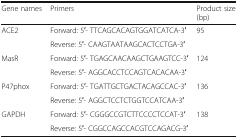
| Gene names | Primers | Product size (bp) |
 | --- | --- | --- |
 | <ROWSPAN=2> ACE2 | Forward: 5′- TTCAGCACAGTGGATCATCA-3′ | <ROWSPAN=2> 95 |
 | Reverse: 5′- CAAGTAATAAGCACTCCTGA-3′ |
 | <ROWSPAN=2> MasR | Forward: 5′- TGAGCAACAAGCTGAAGTCC-3′ | <ROWSPAN=2> 124 |
 | Reverse: 5′- AGGCACCTCCAGTCACACAA-3′ |
 | <ROWSPAN=2> P47phox | Forward: 5′- TGATTGCTGACTACAGCCAC-3′ | <ROWSPAN=2> 136 |
 | Reverse: 5′- AGGCTCCTCTGGTCCATCAA-3′ |
 | <ROWSPAN=2> GAPDH | Forward: 5′- CGGGCCGTCTTCCCCTCCAT-3′ | <ROWSPAN=2> 138 |
 | Reverse: 5′- CGGCCAGCCACGTCCAGACG-3′ |